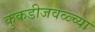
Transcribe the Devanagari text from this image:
कुकडीजवळ्च्या